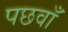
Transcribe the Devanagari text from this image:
पछवाँ